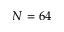
N = 6 4